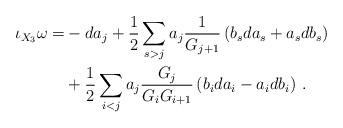
LaTeX: \begin{align*} \begin{aligned}\iota_{X_3}\omega=& -da_j+\frac12 \sum_{s>j} a_j\frac{1}{G_{j+1}} \left(b_s da_s+a_s db_s \right) \\&+\frac12 \sum_{i<j} a_j\frac{G_j}{G_i G_{i+1}} \left(b_i da_i- a_i db_i \right)\,. \end{aligned}\end{align*}